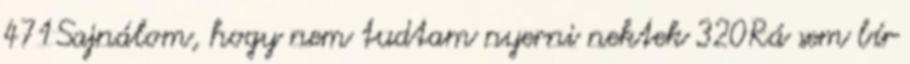
471Sajnálom, hogy nem tudtam nyerni nektek 320Rá sem bír